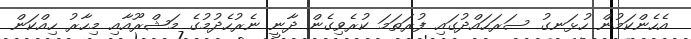
އެހެންކަމުން ހުޅަނގު ސަރަހައްދުގައި ފުރަތަމަ ކުރެވިގެން ދާނީ ނެރުހެދުމުގެ މަޝްރޫއާއި މިހާރު ހިއްކަން